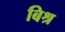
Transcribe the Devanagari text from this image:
बिश्र